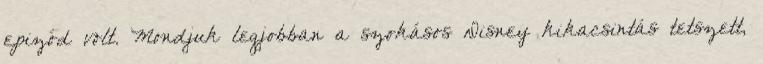
epizód volt. Mondjuk legjobban a szokásos Disney kikacsintás tetszett,